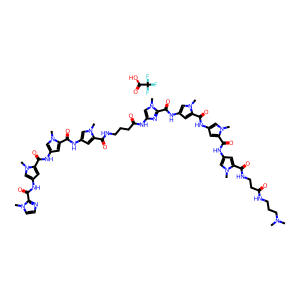
SMILES: CN(C)CCCNC(=O)CCNC(=O)c1cc(NC(=O)c2cc(NC(=O)c3cc(NC(=O)c4nc(NC(=O)CCCNC(=O)c5cc(NC(=O)c6cc(NC(=O)c7cc(NC(=O)c8nccn8C)cn7C)cn6C)cn5C)cn4C)cn3C)cn2C)cn1C.O=C(O)C(F)(F)F
Inhibits HIV replication: Yes